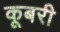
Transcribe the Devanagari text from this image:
कूबरी